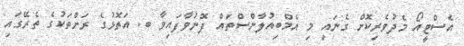
އެސްޓީއޯ މެދުވެރިކޮށް ގެނައި މި އެމްބިއުލާންސްތައް ފޮނުވާފައިވާ ބ. އަތޮޅުގެ ރަށްތަކުގެ ތެރޭގައި